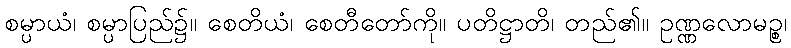
စမ္ပာယံ၊ စမ္ပာပြည်၌။ စေတိယံ၊ စေတီတော်ကို။ ပတိဋ္ဌာတိ၊ တည်၏။ ဥဏ္ဏလောမဉ္စ၊